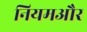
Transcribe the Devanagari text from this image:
नियमऔर